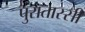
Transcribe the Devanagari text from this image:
पुरातास्सी